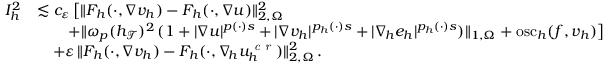
\begin{array} { r } { \begin{array} { r l } { I _ { h } ^ { 2 } } & { \lesssim c _ { \varepsilon } \, \big [ \| F _ { h } ( \cdot , \nabla v _ { h } ) - F _ { h } ( \cdot , \nabla u ) \| _ { 2 , \Omega } ^ { 2 } } \\ & { \quad \quad + \| \omega _ { p } ( h _ { \mathcal { T } } ) ^ { 2 } \, ( 1 + \vert \nabla u \vert ^ { p ( \cdot ) s } + \vert \nabla v _ { h } \vert ^ { p _ { h } ( \cdot ) s } + \vert \nabla _ { \! h } e _ { h } \vert ^ { p _ { h } ( \cdot ) s } ) \| _ { 1 , \Omega } + \mathrm { o s c } _ { h } ( f , v _ { h } ) \big ] } \\ & { \quad + \varepsilon \, \| F _ { h } ( \cdot , \nabla v _ { h } ) - F _ { h } ( \cdot , \nabla _ { \! h } u _ { h } ^ { \textit { c r } } ) \| _ { 2 , \Omega } ^ { 2 } \, . } \end{array} } \end{array}